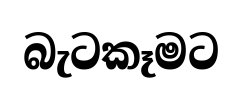
බැටකෑමට